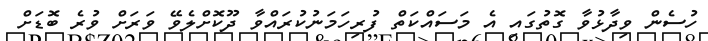
ހުސެން ވިދާޅުވާ ގޮތުގައި އެ މަސައްކަތް ފުރިހަމަނުކުރައްވާ ދޫކޮށްލެވޭ ވަރަށް ވުރެ ބޮޑަށް